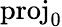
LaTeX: \mathrm{proj}_{0}